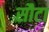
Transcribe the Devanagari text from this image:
सौटा